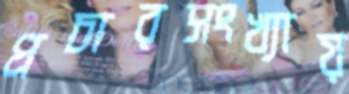
প্রচারসংখ্যায়